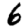
Digit: 6